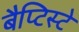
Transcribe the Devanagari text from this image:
बैप्टिस्टे